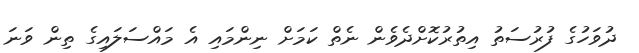
ދުވަހުގެ ފުރުސަތު އިތުރުކޮށްދެވެން ނެތް ކަމަށް ނިންމައި އެ މައްސަލައިގެ ތިން ވަނަ